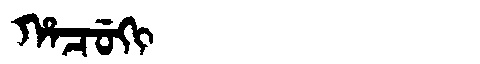
Manchu: ᡥᠠᠴᡠᡴᡳ
Romanization: HACUKI